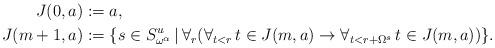
LaTeX: \begin{align*} J(0,a)&:=a,\\ J(m+1,a)&:=\{s\in S_{\omega^\alpha}^u\,|\,\forall_r(\forall_{t<r}\,t\in J(m,a)\rightarrow\forall_{t<r+\Omega^s}\,t\in J(m,a))\}.\end{align*}